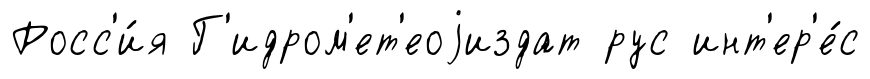
Росс'и́я Г'идром'ет'еоjиздат рус инт'ер'е́с